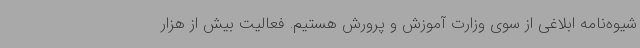
شیوه‌نامه ابلاغی از سوی وزارت آموزش و پرورش هستیم. فعالیت بیش از هزار